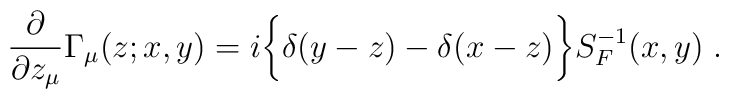
{\partial\over\partial z_\mu}\Gamma_\mu (z;x,y)=i\bigg\lbrace\delta(y-z)-\delta(x-z)\bigg\rbrace S_F^{-1}(x,y)\; .